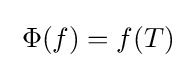
\;\Phi (f)=f(T)